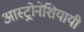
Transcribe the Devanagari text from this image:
आस्ट्रोनेशियायी